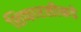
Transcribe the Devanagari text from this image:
शिफारसीकडे